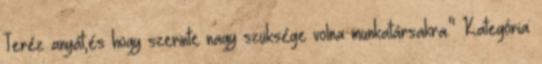
Teréz anyát,és hogy szerinte nagy szüksége volna munkatársakra." Kategória: